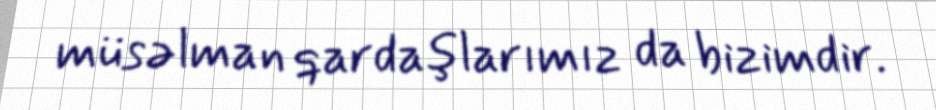
müsəlman qardaşlarımız da bizimdir.